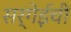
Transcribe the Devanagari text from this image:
सर्गेईची